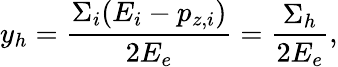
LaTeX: y_{h}={\frac{\Sigma_{i}(E_{i}-p_{z,i})}{2E_{e}}}={\frac{\Sigma_{h}}{2E_{e}}},